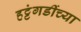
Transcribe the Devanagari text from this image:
हट्टंगडींच्या